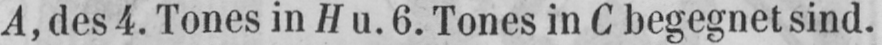
A, des 4. Tones in H u. 6. Tones in C begegnet sind.